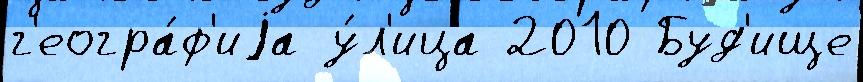
г'еогра́ф'иjа у́л'ица 2010 Буд'ище